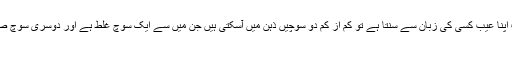
انسان جب اپنا عیب کسی کی زبان سے سنتا ہے تو کم از کم دو سوچیں ذہن میں آسکتی ہیں جن میں سے ایک سوچ غلط ہے اور دوسری سوچ صحیح ہے:
۱۔